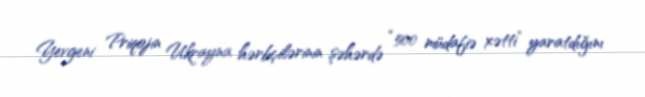
Yevgeni Priqojin Ukrayna hərbçilərinin şəhərdə “500 müdafiə xətti” yaratdığını